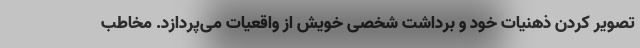
تصویر کردن ذهنیات خود و برداشت شخصی خویش از واقعیات می‌پردازد. مخاطب